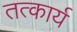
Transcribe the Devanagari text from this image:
तत्कार्य